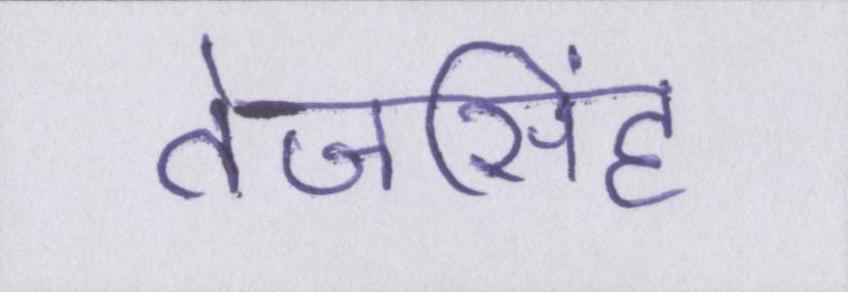
तेजसिंह